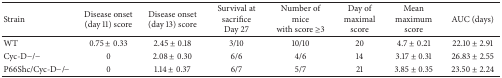
| Strain | Disease onset (day 11) score | Disease onset (day 13) score | Survival at sacrifice Day 27 | Number of micewith score ≥3 | Day of maximal score | Mean maximumscore | AUC (days) |
 | --- | --- | --- | --- | --- | --- | --- | --- |
 | WT | 0.75 ± 0.33 | 2.45 ± 0.18 | 3/10 | 10/10 | 20 | 4.7 ± 0.21 | 22.10 ± 2.91 |
 | Cyc-D−/− | 0 | 2.08 ± 0.30 | 6/6 | 4/6 | 14 | 3.17 ± 0.31 | 26.83 ± 2.55 |
 | P66Shc/Cyc-D−/− | 0 | 1.14 ± 0.37 | 6/7 | 5/7 | 21 | 3.85 ± 0.35 | 23.50 ± 2.24 |